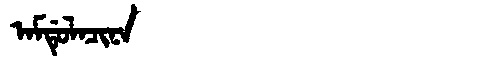
Manchu: ᠠᠮᡩᡠᠯᠠᠴᡳᠨᠠ
Romanization: AMDULACINA